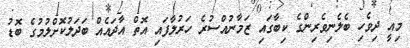
މިއީ ދިވެހި ބެލެނިވެރިންގެ ކިބާގައި ޒަމާނުއްސުރެ ހަރުލާފައި އޮތް އާދައެއް ބަދަލުކޮށްލުމުގެ ބޮޑު